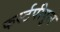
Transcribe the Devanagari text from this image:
फर्स्टपीपुल